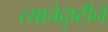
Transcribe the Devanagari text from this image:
त्याचेदृष्टीने